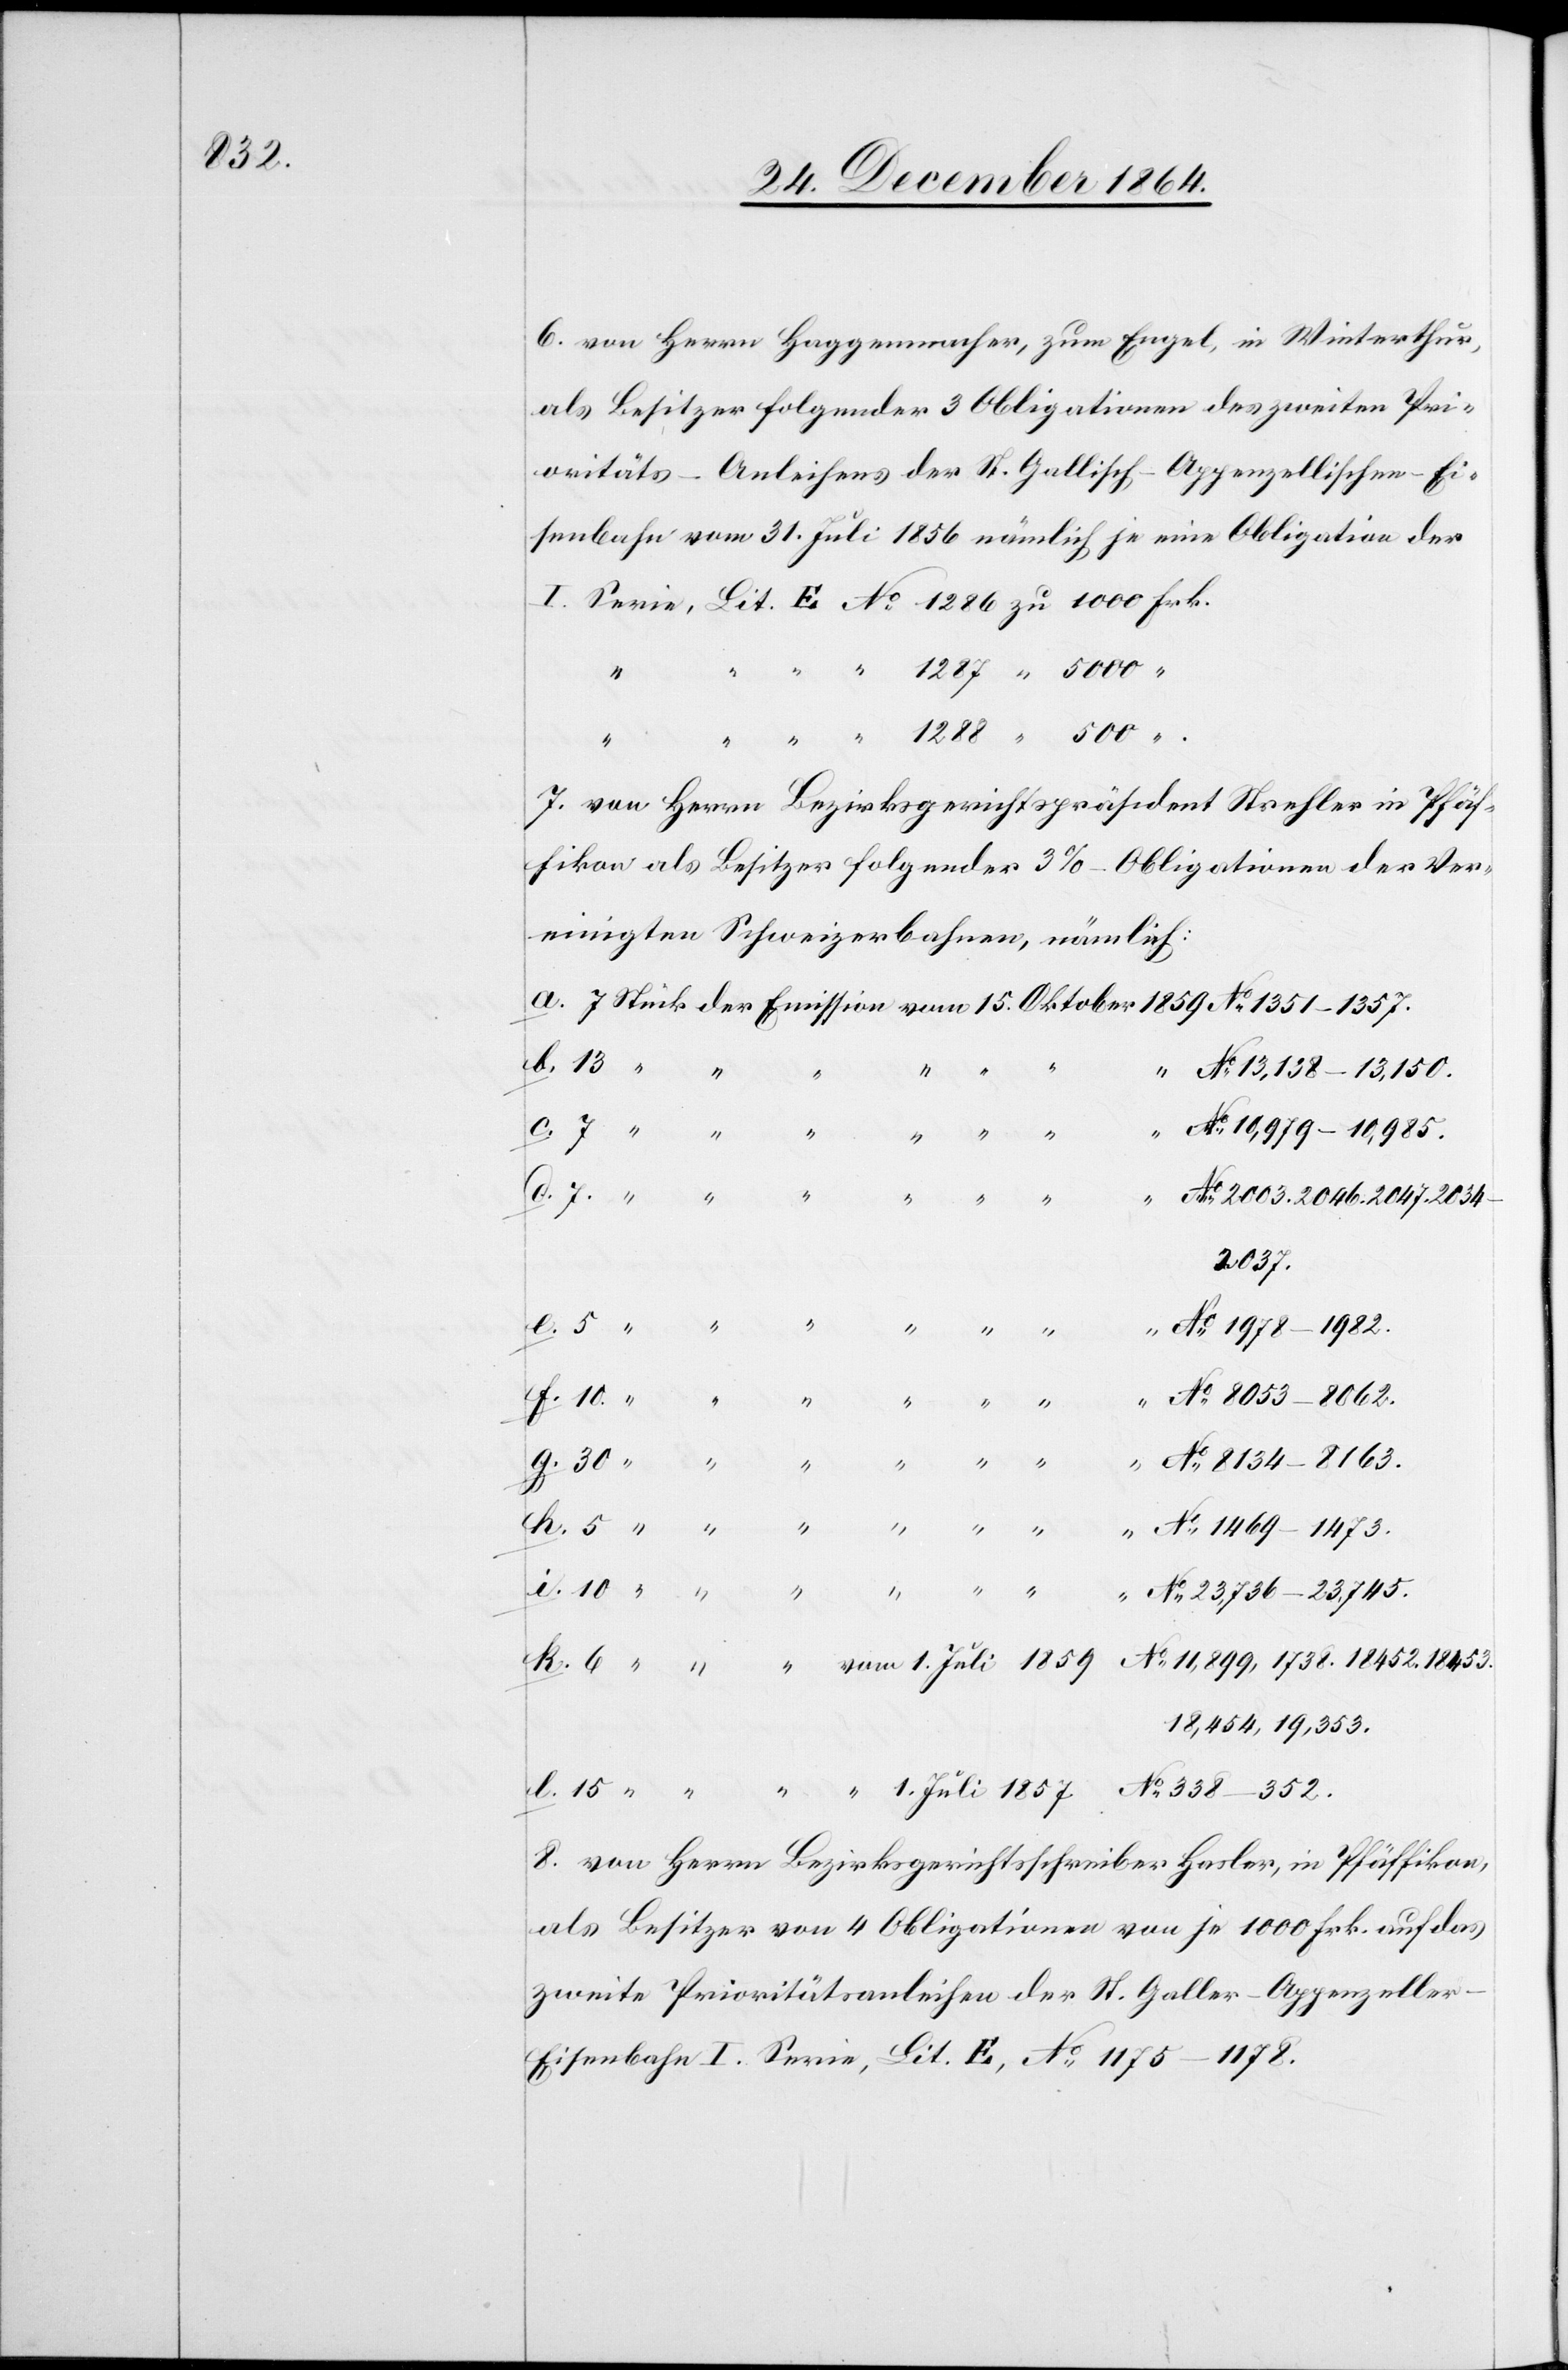
18453.

6. von Herrn Haggenmacher, zum Engel, in Winterthur,
als Besitzer folgender 3 Obligationen des zweiten Pri¬
oritäts-Anleihens der St. Gallisch-Appenzellischen-Ei¬
senbahn vom 31. Juli 1856 nämlich je eine Obligation der
I.
7. von Herrn Bezirksgerichtspräsident Strehler in Pfäf¬
fikon als Besitzer folgender 3%-Obligationen der Ver¬
einigten Schweizerbahnen, nämlich:
13,138–13,150.
10,979–10,985.
2047,
1.
18,454, 19,353.
8. von Herrn Bezirksgerichtsschreiber Hasler, in Pfäffikon,
als Besitzer von 4 Obligationen von je 1000 Frk. auf das
zweite Prioritätsanleihen der St. Galler-Appenzelle¬
r-Eisenbahn I. Serie, Lit. E, No 1175–1178.